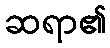
ဆရာ၏